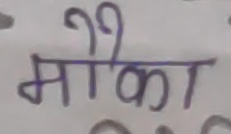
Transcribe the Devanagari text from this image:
मौका